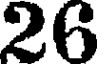
26